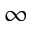
\infty